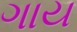
ગાય